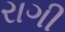
રાગી